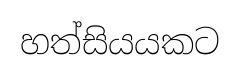
හත්සියයකට